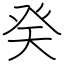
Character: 癸